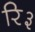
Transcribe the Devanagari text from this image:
रि३